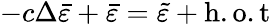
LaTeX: -c\Delta\bar{\varepsilon}+\bar{\varepsilon}=\widetilde{\varepsilon}+\mathrm{h.o.t}